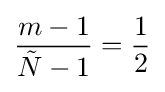
{\frac {m-1}{{\tilde {N}}-1}}={\frac {1}{2}}